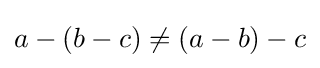
a-(b-c)\neq (a-b)-c